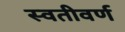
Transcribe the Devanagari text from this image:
स्वतीवर्ण